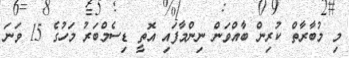
މި މުބާރާތް ކުރިން ބާއްވަން ނިންމާފައި އޮތީ ޑިސެމްބަރު މަހުގެ 15 ވަނަ